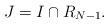
LaTeX: \begin{align*}J = I \cap R_{N-1}.\end{align*}